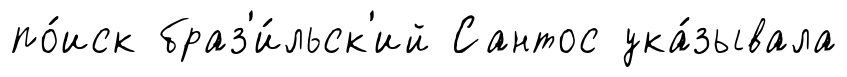
по́иск браз'и́льск'ий Сантос ука́зывала